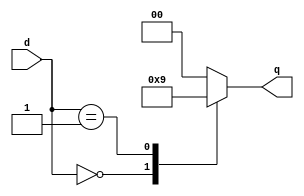
module enc
(
   input [1:0] d,
   output reg [1:0] q
);

   always @* begin
      case (d[1:0])
         2'b00    :  q = 2'b10;
         2'b01    :  q = 2'b01;
         default  :  q = 2'b00;
      endcase
   end

endmodule // enc

module clzi #
(
   // external parameter
   parameter   N = 2,
   // internal parameters
   parameter   WI = 2 * N,
   parameter   WO = N + 1
)
(
   input [WI-1:0] d,
   output reg [WO-1:0] q
);

   always @* begin
      if (d[N - 1 + N] == 1'b0) begin
         q[WO-1] = (d[N-1+N] & d[N-1]);
         q[WO-2] = 1'b0;
         q[WO-3:0] = d[(2*N)-2 : N];
      end else begin
         q[WO-1] = d[N-1+N] & d[N-1];
         q[WO-2] = ~d[N-1];
         q[WO-3:0] = d[N-2 : 0];
      end
   end

endmodule // clzi

module clz_encoder #(
    parameter WIDTH_IN = 32, 
    parameter WIDTH_OUT = $clog2(WIDTH_IN)+1
) (
    input [WIDTH_IN-1:0] in,
    output [WIDTH_OUT-1:0] out
);

    genvar i;
    wire [31:0] encoder_o;
    wire [23:0] a;
    wire [15:0] b;
    wire [9:0] c;

    generate
        for (i = 0; i < 16; i = i + 1) begin
            enc e1(
                .d(in[i*2+1:i*2]),
                .q(encoder_o[i*2+1:i*2])
            );
        end

        for (i = 0; i < 8; i = i + 1) begin
            clzi #(.N(2)) m1 (
                .d(encoder_o[i*4+3:i*4]),
                .q(a[i*3+2:i*3])
            );
        end

        for (i = 0; i < 4; i = i + 1) begin
            clzi #(.N(3)) m2 (
                .d(a[i*6+5:i*6]),
                .q(b[i*4+3:i*4])
            );
        end

        for (i = 0; i < 2; i = i + 1) begin
            clzi #(.N(4)) m3 (
                .d(b[i*8+7:i*8]),
                .q(c[i*5+4:i*5])
            );
        end

        clzi #(.N(5)) m4 (
                .d(c[9:0]),
                .q(out)
            );
    endgenerate
    
endmodule